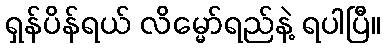
ရှန်ပိန်ရယ် လိမ္မော်ရည်နဲ့ ရပါပြီ။